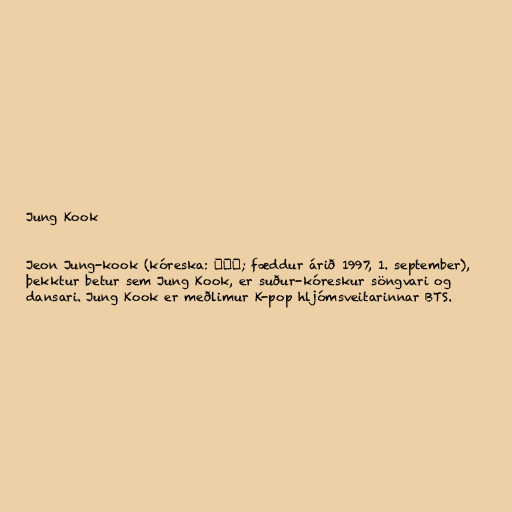
Jung Kook

Jeon Jung-kook (kóreska: 전정국; fæddur árið 1997, 1. september),
þekktur betur sem Jung Kook, er suður-kóreskur söngvari og
dansari. Jung Kook er meðlimur K-pop hljómsveitarinnar BTS.